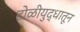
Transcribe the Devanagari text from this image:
टोळीयुद्धातून